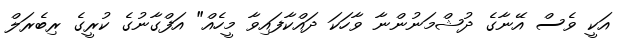
އަކީ ވެސް އޭނާގެ ދުޝްމަނުންނާ ވާހަކަ ދައްކާފައިވާ މީހެއް" އަފްގާނުގެ ކުރީގެ ރިބެރަލް